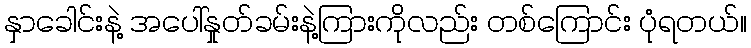
နှာခေါင်းနဲ့ အပေါ်နှုတ်ခမ်းနဲ့ကြားကိုလည်း တစ်ကြောင်း ပုံရတယ်။